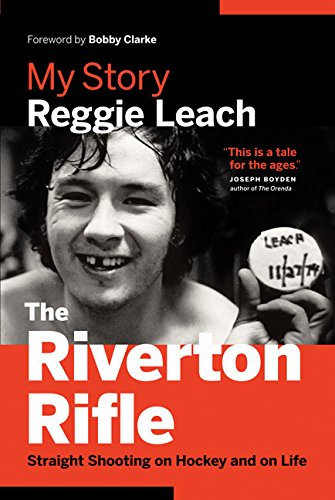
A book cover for The Riverton Rifle: My Story EE Straight Shooting on Hockey and on Life; Reggie Leach; Biographies & Memoirs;